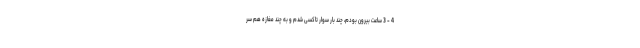
4 - 3 ساعت بیرون بودم، چند بار سوار تاکسی شدم و به چند مغازه هم سر